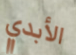
الأبدي